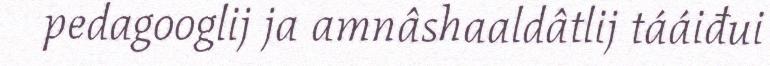
pedagooglij ja amnâshaaldâtlij tááiđui